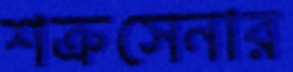
শত্রুসেনার